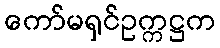
ကော်မရှင်ဥက္ကဋ္ဌက